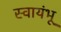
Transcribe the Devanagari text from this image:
स्वायंभू